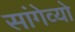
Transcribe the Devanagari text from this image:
सांगेव्यो